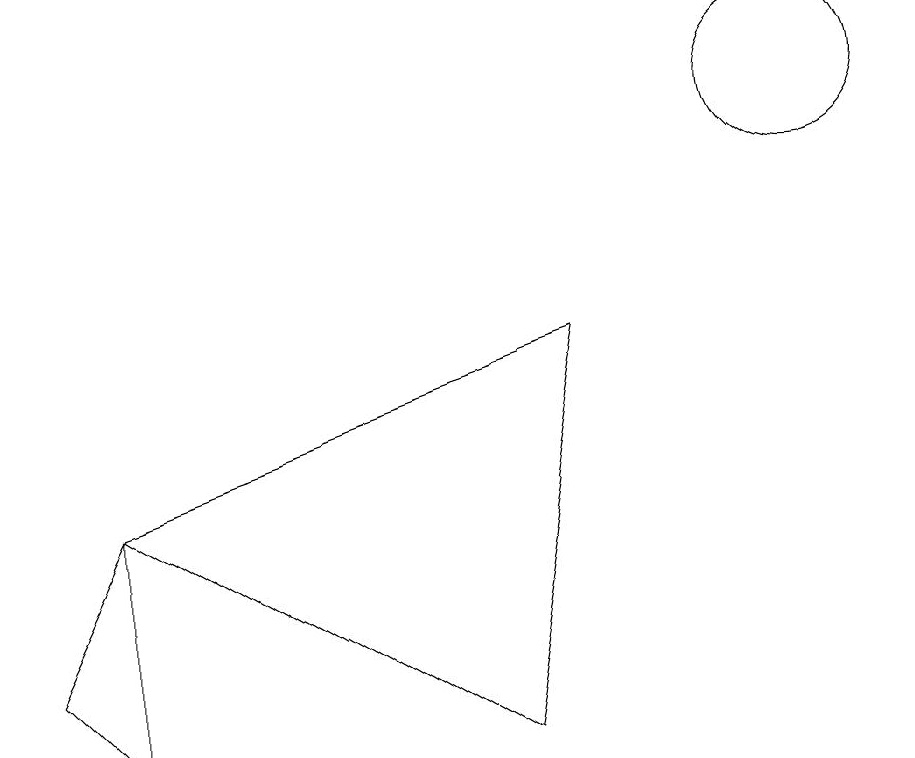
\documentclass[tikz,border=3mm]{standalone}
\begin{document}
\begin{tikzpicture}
\draw (10,10) circle (1);
\draw (1,2) -- (1,5) -- (0,3) -- cycle;
\draw (10,11) circle (0);
\draw (1,5) -- (7,7) -- (6,2) -- cycle;
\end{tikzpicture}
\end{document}